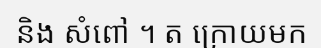
និង សំពៅ ។ ត ក្រោយមក